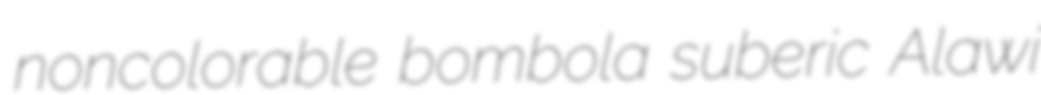
noncolorable bombola suberic Alawi